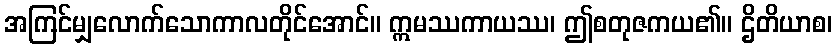
အကြင်မျှလောက်သောကာလတိုင်အောင်။ ဣမဿကာယဿ၊ ဤစတုဇကယ၏။ ဌိတိယာစ၊